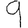
Digit: 9